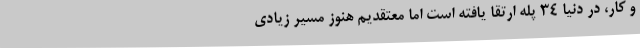
و کار، در دنیا 34 پله ارتقا یافته است اما معتقدیم هنوز مسیر زیادی